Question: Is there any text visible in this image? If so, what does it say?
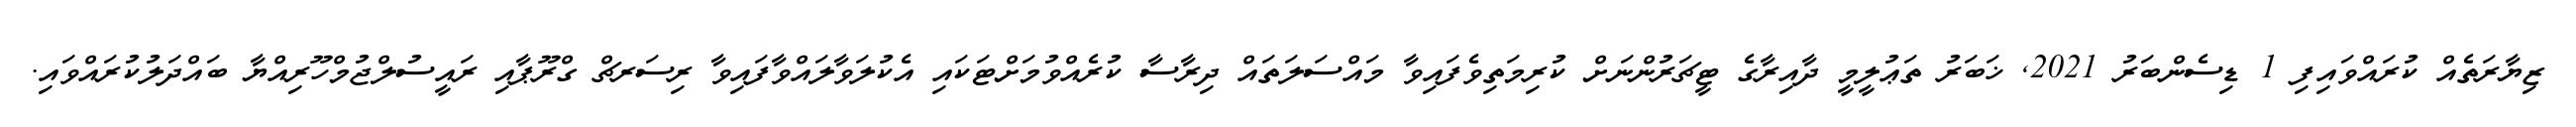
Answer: ޒިޔާރަތެއް ކުރައްވައިފި 1 ޑިސެންބަރު 2021, ޚަބަރު ތަޢުލީމީ ދާއިރާގެ ޓީޗަރުންނަށް ކުރިމަތިވެފައިވާ މައްސަލަތައް ދިރާސާ ކުރެއްވުމަށްޓަކައި އެކުލަވާލައްވާފައިވާ ރިސަރޗް ގްރޫޕާއި ރައީސުލްޖުމްހޫރިއްޔާ ބައްދަލުކުރައްވައި.